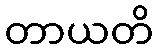
တာယတိ